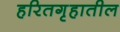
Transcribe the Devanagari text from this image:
हरितगृहातील